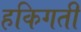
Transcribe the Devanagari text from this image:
हकिगती